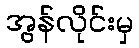
အွန်လိုင်းမှ